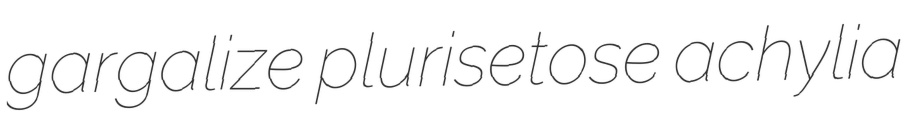
gargalize plurisetose achylia